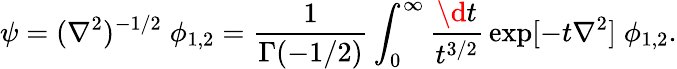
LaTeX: \psi=(\nabla^{2})^{-1/2}\; \phi_{1,2}={\frac{1}{\Gamma(-1/2)}}\int_{0}^{\infty}{\frac{\d t}{t^{3/2}}}\exp[-t\nabla^{2}]\; \phi_{1,2}.